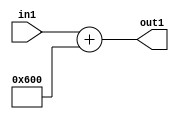
`timescale 1ps / 1ps
/*****************************************************************************
    Verilog RTL Description
    
    
    Created by: Stratus DpOpt 2019.1.01 
*******************************************************************************/

module SobelFilter_gen000002_4_0 (
	in1,
	out1
	); /* architecture "behavioural" */ 
input [8:0] in1;
output [11:0] out1;
wire [11:0] asc001;

assign asc001 = 
	+(in1)
	+(12'B011000000000);

assign out1 = asc001;
endmodule

/* CADENCE  urj0TQA= : u9/ySgnWtBlWxVPRXgAZ4Og= ** DO NOT EDIT THIS LINE ******/